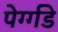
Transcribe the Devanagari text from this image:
पेर्ग्गडे